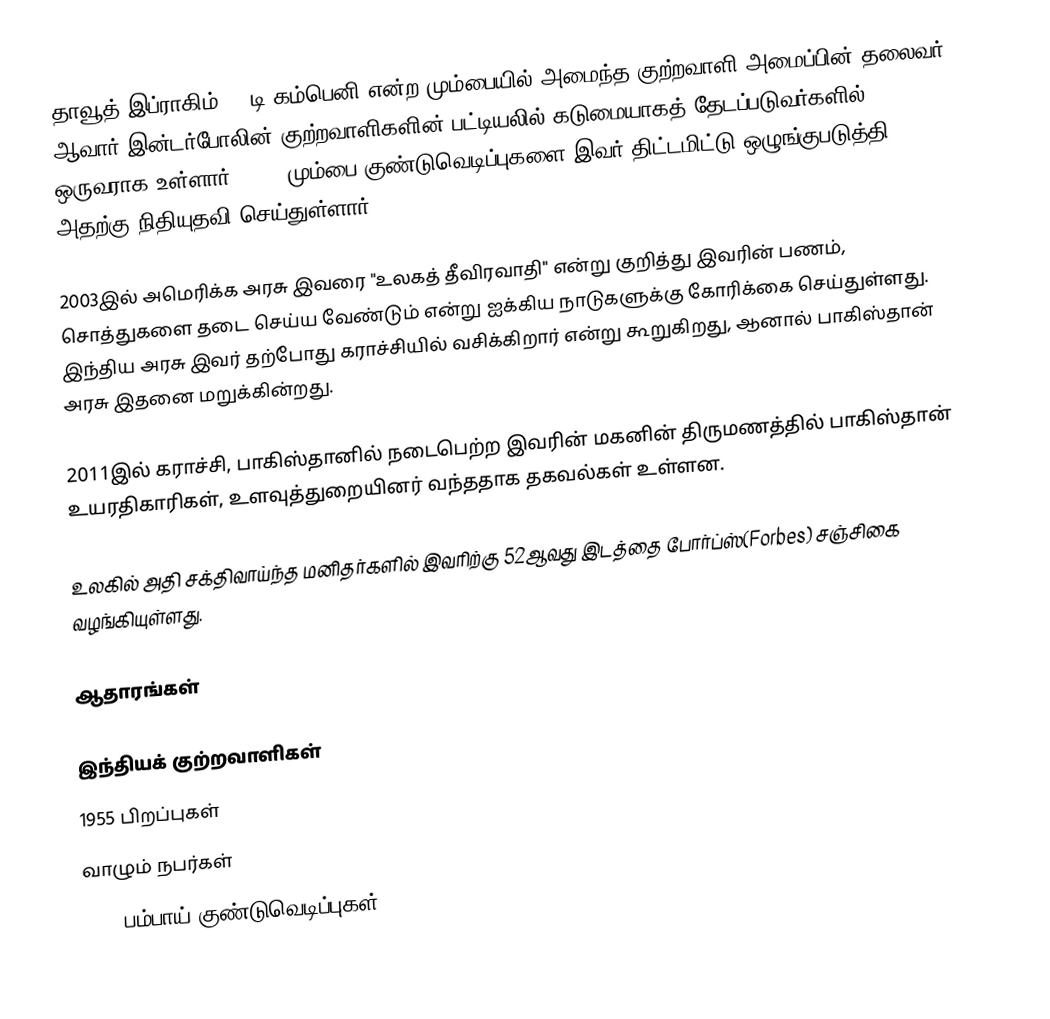
தாவூத் இப்ராகிம் () டி-கம்பெனி என்ற மும்பையில் அமைந்த குற்றவாளி அமைப்பின் தலைவர் ஆவார்.இன்டர்போலின்  குற்றவாளிகளின் பட்டியலில் கடுமையாகத் தேடப்படுவர்களில் ஒருவராக உள்ளார். 1993 மும்பை குண்டுவெடிப்புகளை இவர் திட்டமிட்டு ஒழுங்குபடுத்தி அதற்கு நிதியுதவி செய்துள்ளார்.

2003இல் அமெரிக்க அரசு இவரை "உலகத் தீவிரவாதி" என்று குறித்து இவரின் பணம், சொத்துகளை தடை செய்ய வேண்டும் என்று ஐக்கிய நாடுகளுக்கு கோரிக்கை செய்துள்ளது. இந்திய அரசு இவர் தற்போது கராச்சியில் வசிக்கிறார் என்று கூறுகிறது, ஆனால் பாகிஸ்தான் அரசு இதனை மறுக்கின்றது.

2011இல் கராச்சி, பாகிஸ்தானில் நடைபெற்ற இவரின் மகனின் திருமணத்தில் பாகிஸ்தான் உயரதிகாரிகள், உளவுத்துறையினர் வந்ததாக தகவல்கள் உள்ளன.

உலகில் அதி சக்திவாய்ந்த மனிதர்களில் இவரிற்கு 52ஆவது இடத்தை போர்ப்ஸ்(Forbes) சஞ்சிகை வழங்கியுள்ளது.

ஆதாரங்கள்

இந்தியக் குற்றவாளிகள்
1955 பிறப்புகள்
வாழும் நபர்கள்
1993 பம்பாய் குண்டுவெடிப்புகள்